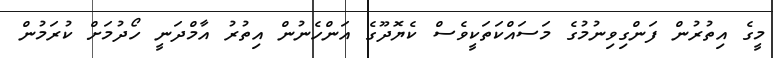
މީގެ އިތުރުން ފަންގިވިނުމުގެ މަސައްކަތަކީވެސް ކެޔޮދޫގެ އަންހެނުން އިތުރު އާމްދަނީ ހޯދުމަށް ކުރަމުން